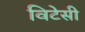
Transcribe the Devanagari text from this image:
विटेसी